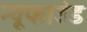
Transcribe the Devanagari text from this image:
न्यूफाउंड